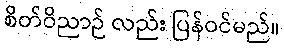
စိတ်ဝိညာဉ် လည်း ပြန်ဝင်မည်။